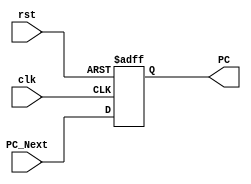
module PC_Module(clk,rst,PC,PC_Next);
    input                  clk,rst;
    input          [31:0]  PC_Next;
    output  reg    [31:0]  PC;
  

    always @(posedge clk or negedge rst)
    begin
        if(!rst)
            PC <= 'b0;
        else
            PC <= PC_Next;
    end
endmodule